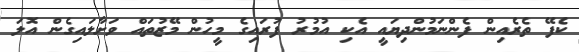
ކެފޭ ތެރެއިން ފެންނަމުންދިޔައީ އެކި އުމުރު ފުރައިގެ މީހުން މޭޒުތައް ވަށާލައިގެން އޮލަ